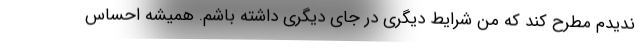
ندیدم مطرح کند که من شرایط دیگری در جای دیگری داشته باشم. همیشه احساس